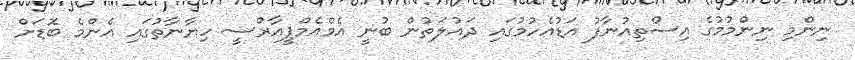
ނިންމި ނިންމުމުގެ އިސްތިއުނާފު އަޑުއެހުމުގައި ދައުލަތުން ބުނީ އެމްއެމްޕީއާރްސީ ހިޔާނާތުގައި އެންމެ ބޮޑަށް